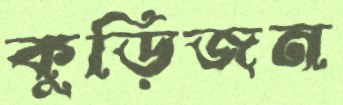
কুড়িজন